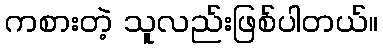
ကစားတဲ့ သူလည်းဖြစ်ပါတယ်။